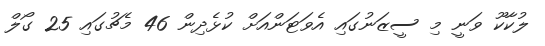
ލުކާކޫ ވަނީ މި ސީޒަނުގައި އެވަޓަންއަށް ކުޅެދިން 46 މެޗުގައި 25 ގޯލް